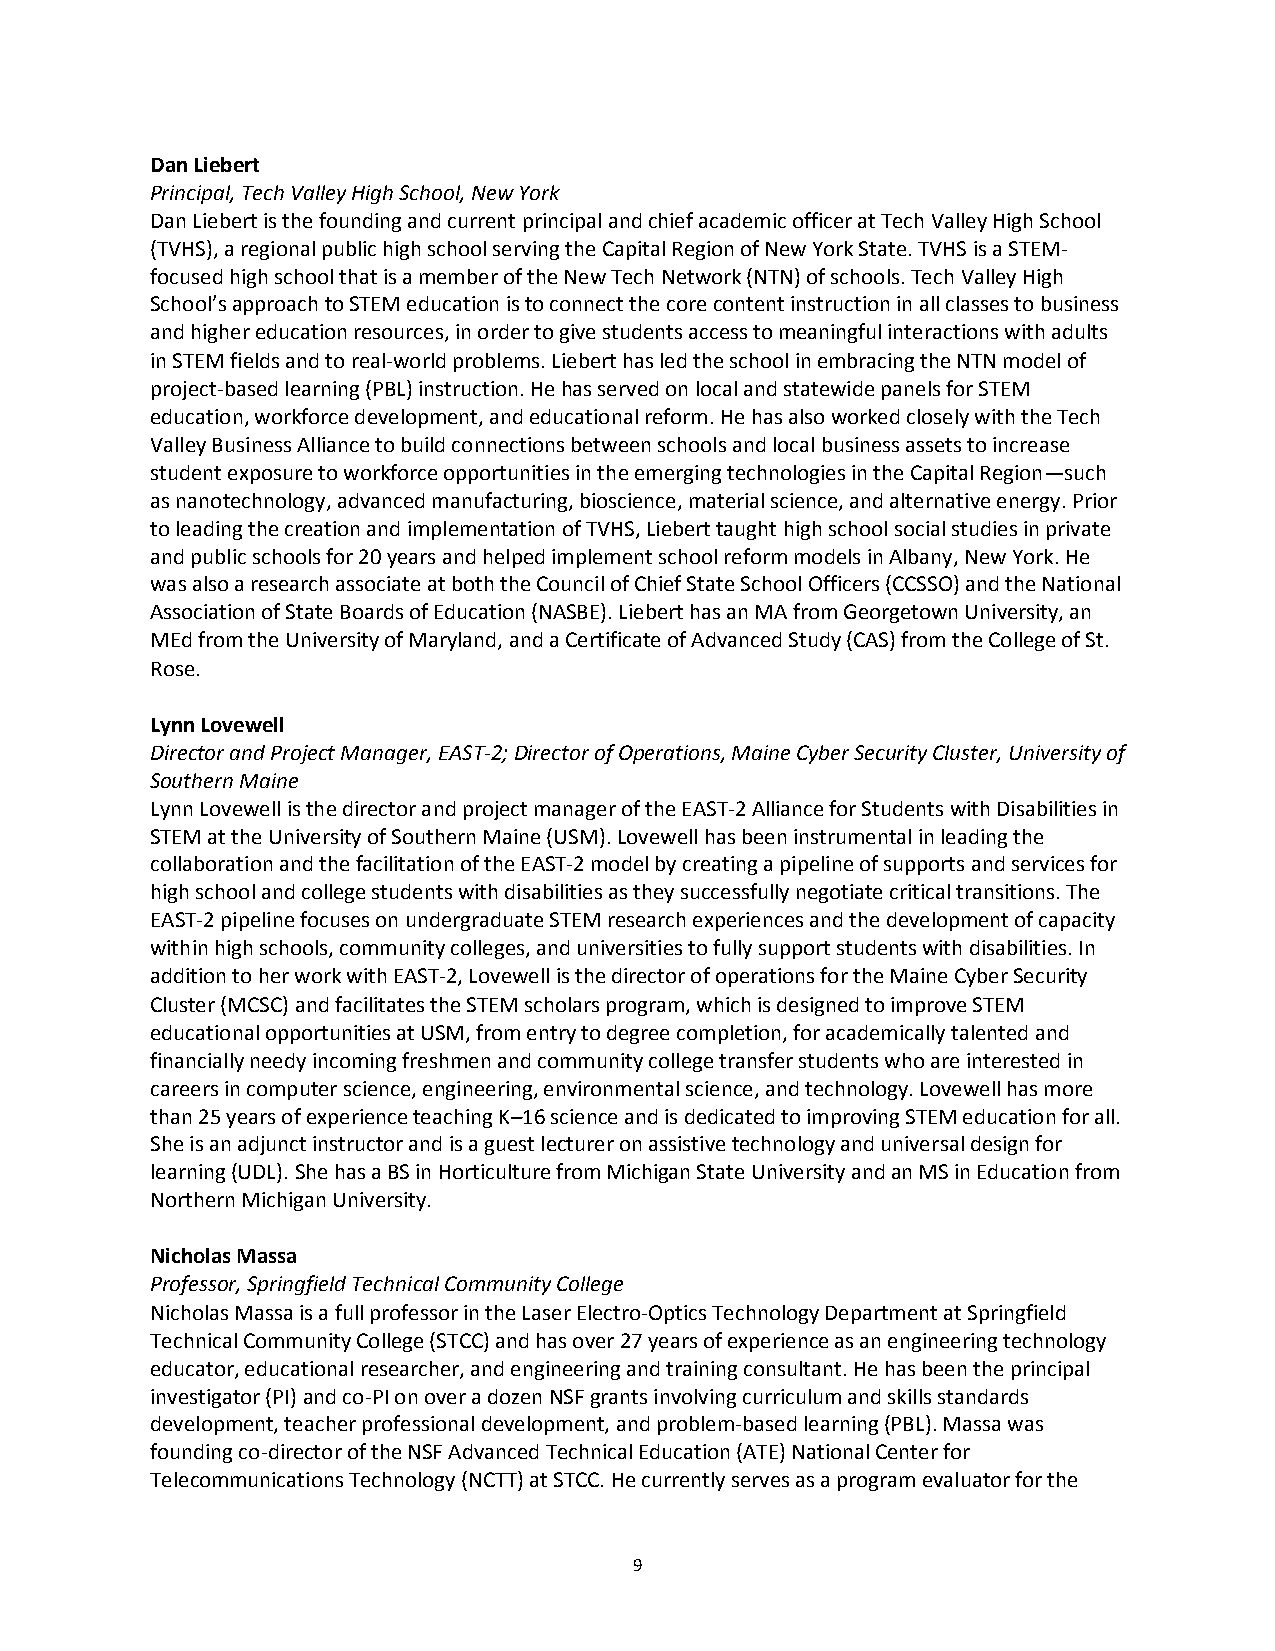
Dan Liebert
 Principal, Tech Valley High School, New York
 Dan Liebert is the founding and current principal and chief academic officer at Tech Valley High School
 (TVHS), a regional public high school serving the Capital Region of New York State. TVHS is a STEM-
 focused high school that is a member of the New Tech Network (NTN) of schools. Tech Valley High
 School’s approach to STEM education is to connect the core content instruction in all classes to business
 and higher education resources, in order to give students access to meaningful interactions with adults
 in STEM fields and to real-world problems. Liebert has led the school in embracing the NTN model of
 project-based learning (PBL) instruction. He has served on local and statewide panels for STEM
 education, workforce development, and educational reform. He has also worked closely with the Tech
 Valley Business Alliance to build connections between schools and local business assets to increase
 student exposure to workforce opportunities in the emerging technologies in the Capital Region—such
 as nanotechnology, advanced manufacturing, bioscience, material science, and alternative energy. Prior
 to leading the creation and implementation of TVHS, Liebert taught high school social studies in private
 and public schools for 20 years and helped implement school reform models in Albany, New York. He
 was also a research associate at both the Council of Chief State School Officers (CCSSO) and the National
 Association of State Boards of Education (NASBE). Liebert has an MA from Georgetown University, an
 MEd from the University of Maryland, and a Certificate of Advanced Study (CAS) from the College of St.
 Rose.
 Lynn Lovewell
 Director and Project Manager, EAST-2; Director of Operations, Maine Cyber Security Cluster, University of
 Southern Maine
 Lynn Lovewell is the director and project manager of the EAST-2 Alliance for Students with Disabilities in
 STEM at the University of Southern Maine (USM). Lovewell has been instrumental in leading the
 collaboration and the facilitation of the EAST-2 model by creating a pipeline of supports and services for
 high school and college students with disabilities as they successfully negotiate critical transitions. The
 EAST-2 pipeline focuses on undergraduate STEM research experiences and the development of capacity
 within high schools, community colleges, and universities to fully support students with disabilities. In
 addition to her work with EAST-2, Lovewell is the director of operations for the Maine Cyber Security
 Cluster (MCSC) and facilitates the STEM scholars program, which is designed to improve STEM
 educational opportunities at USM, from entry to degree completion, for academically talented and
 financially needy incoming freshmen and community college transfer students who are interested in
 careers in computer science, engineering, environmental science, and technology. Lovewell has more
 than 25 years of experience teaching K–16 science and is dedicated to improving STEM education for all.
 She is an adjunct instructor and is a guest lecturer on assistive technology and universal design for
 learning (UDL). She has a BS in Horticulture from Michigan State University and an MS in Education from
 Northern Michigan University.
 Nicholas Massa
 Professor, Springfield Technical Community College
 Nicholas Massa is a full professor in the Laser Electro-Optics Technology Department at Springfield
 Technical Community College (STCC) and has over 27 years of experience as an engineering technology
 educator, educational researcher, and engineering and training consultant. He has been the principal
 investigator (PI) and co-PI on over a dozen NSF grants involving curriculum and skills standards
 development, teacher professional development, and problem-based learning (PBL). Massa was
 founding co-director of the NSF Advanced Technical Education (ATE) National Center for
 Telecommunications Technology (NCTT) at STCC. He currently serves as a program evaluator for the
 9